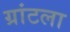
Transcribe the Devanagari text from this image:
ग्रांटला